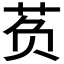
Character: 𰰷